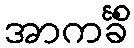
အာကင်္ခိံ